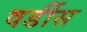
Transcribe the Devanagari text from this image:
वर्डीस